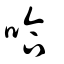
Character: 哈